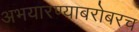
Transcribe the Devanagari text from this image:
अभयारण्याबरोबरच